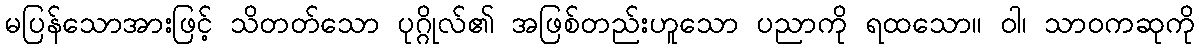
မပြန်သောအားဖြင့် သိတတ်သော ပုဂ္ဂိုလ်၏ အဖြစ်တည်းဟူသော ပညာကို ရထသော။ ဝါ၊ သာဝကဆုကို